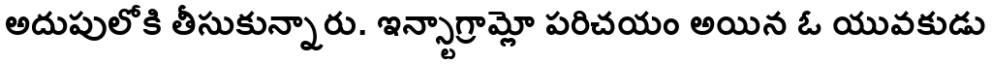
అదుపులోకి తీసుకున్నారు. ఇన్స్టాగ్రామ్లో పరిచయం అయిన ఓ యువకుడు